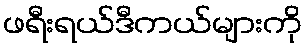
ဖရီးရယ်ဒီကယ်များကို